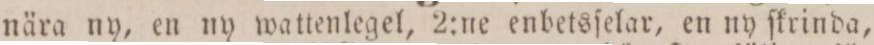
nära ny, en ny wattenlegel, 2:ne enbetsſelar, en ny ſkrinda,